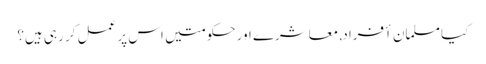
کیا مسلمان أفراد, معاشرے اور حکومتیں اس پر عمل کر رہی ہیں؟